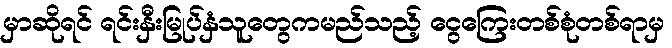
မှာဆိုရင် ရင်းနှီးမြုပ်နှံသူတွေကမည်သည့် ငွေကြေးတစ်စုံတစ်ရာမှ